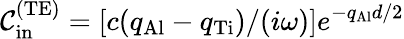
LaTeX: {\cal C}_{\mathrm{in}}^{\mathrm{(TE)}}=[c(q_{\mathrm{Al}}-q_{\mathrm{Ti}})/(i\omega)]e^{-q_{\mathrm{Al}}d/2}